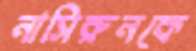
নাসিরুনকে